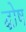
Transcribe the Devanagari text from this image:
द्घोष